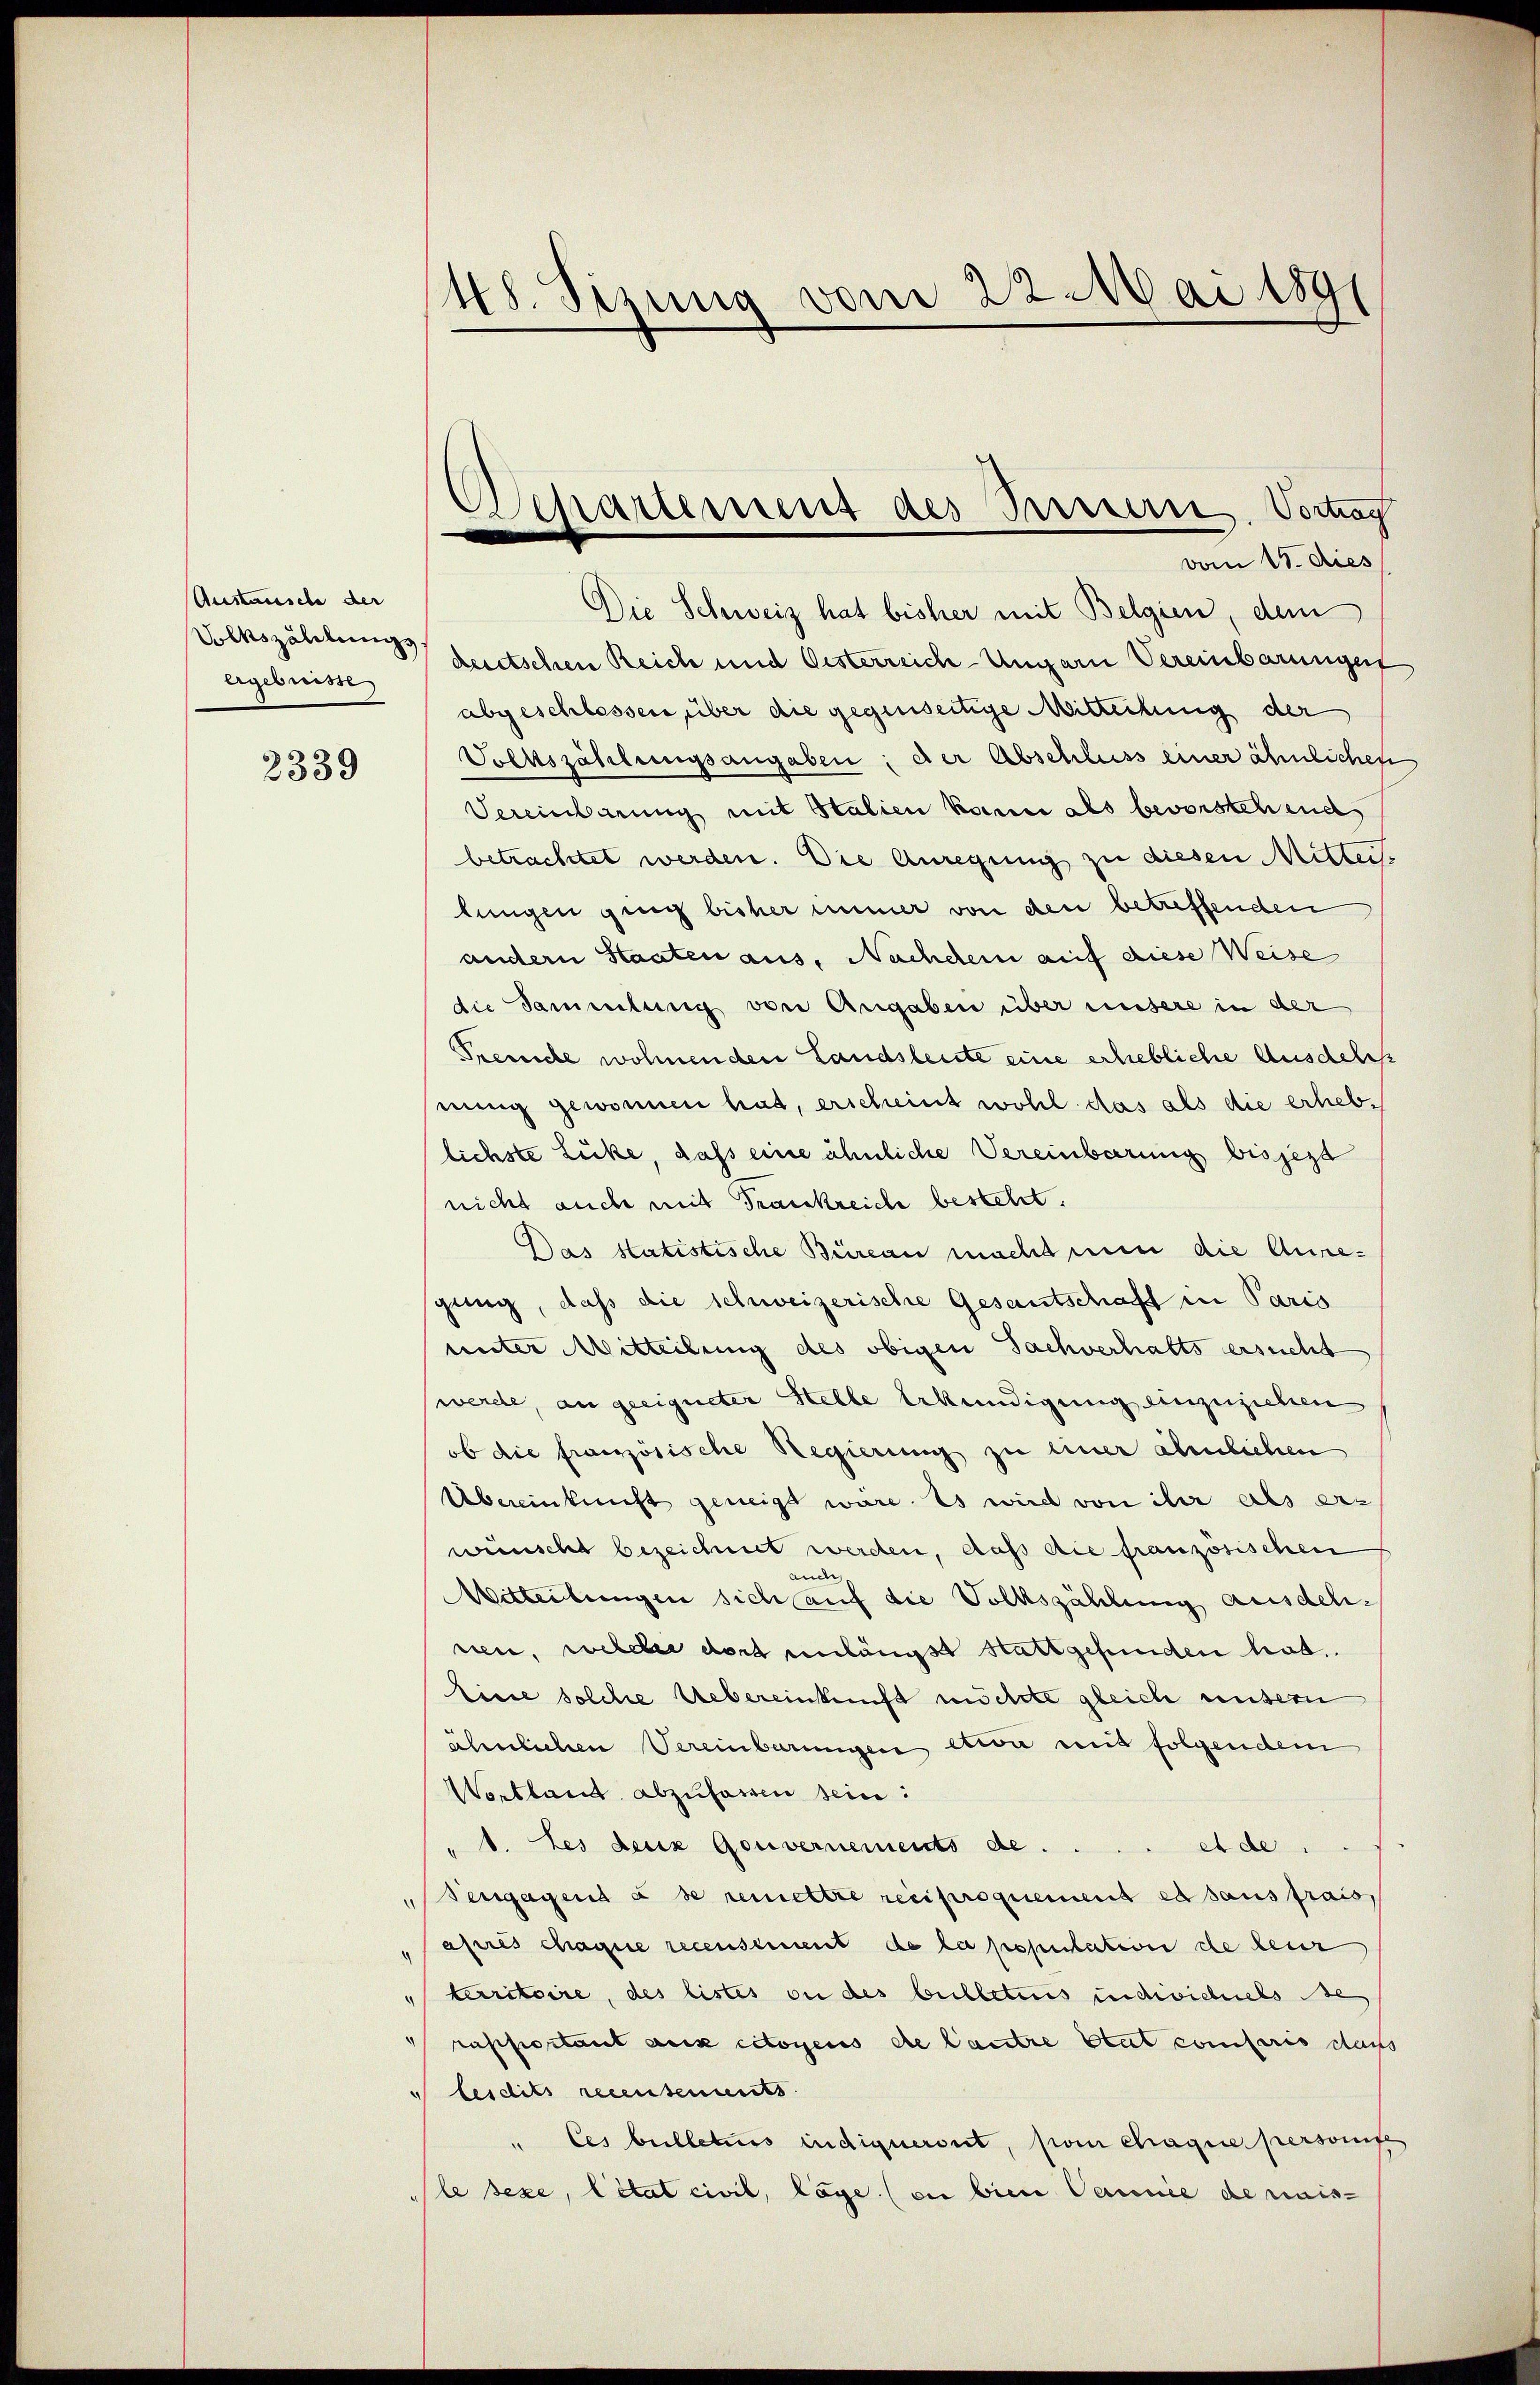
Austausche der
Volkszählungs
ergebnisse

2339

Die Schweiz hat bisher mit Belgien, dem
deutschen Reich und Oesterreich-Ungarn Vereinbarungen
abgeschlossen, über die gegenseitige Mitteilung der
Volkszählungsangaben; der Abschluss einer ähnlichen
Vereinbarung mit Stalien kann als bevorstehend
betrachtet werden. Die Anregung zu diesen Mittei-
lungen ging bisher immer von den betreffenden
andern Staaten aus, Nachtlein auf diese Weise
die Sammlung von Angaben über unsere in der
Treiche wohnenden Landsleute eine erhebliche Ausdelis
nung gewonnen hat, erscheint wohl das als die erheblichste Lücke, daß eine ähnliche Vereinbarung bis jezt
nicht auch mit Frankreiche bestellt.
Das statistische Büreau macht nun die Ausse-
gung, daß die schweizerische Gesantschaft in Paris
unter Mitteilung des obigen Sachverhalts ersucht
werde, an geeigneter Stelle Erkundigung einzuziehen
ob die französische Regierung zu einer ähnlichen
Übereinkunft geneigt wäre. Es wird von ihr als erz
wünscht bezeichnet werden, daß die französischen
ander
Witteilungen sich auf die Volkszählung ausdehnen, welcher dort unlängst stattgefunden hat.
Eine solche Uebereinkunft möchte gleich unsern
ähnlichen Vereinbarungen etwa mit folgendem
Wortland abzufassen sein:
"1. Les deux Gouvernements de
ede
Sengagend à se remettre reciproquement es aus frais
apres chaque recensement de la population de leur
kurritoire, des listes ou des bulleters indivichels des
 rapportant aux citoyens de lautre blut conferis dass
besdits recensements
" Ces bulleters indigneront, son chaque personifes
le sexe, Citat civil, läge (die bien Cance de nais-

48. Sizung vom 22. Mai 1891

Separtement des Bernern. Vortrag
vom 15. dies